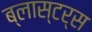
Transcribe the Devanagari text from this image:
ब्लास्टर्स